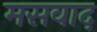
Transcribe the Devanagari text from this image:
मसवाद